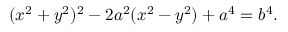
( x ^ { 2 } + y ^ { 2 } ) ^ { 2 } - 2 a ^ { 2 } ( x ^ { 2 } - y ^ { 2 } ) + a ^ { 4 } = b ^ { 4 } .